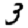
Digit: 3